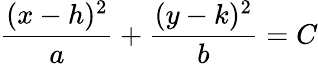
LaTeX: \frac{(x-h)^{2}}{a}+\frac{(y-k)^{2}}{b}=C